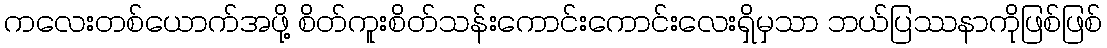
ကလေးတစ်ယောက်အဖို့ စိတ်ကူးစိတ်သန်းကောင်းကောင်းလေးရှိမှသာ ဘယ်ပြဿနာကိုဖြစ်ဖြစ်